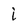
Character: i